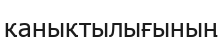
қанықтылығының